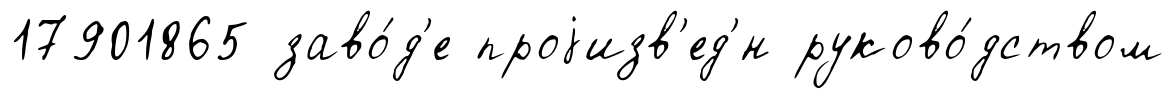
17901865 заво́д'е проjизв'ед'́н руково́дством